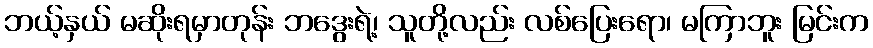
ဘယ့်နှယ် မဆိုးရမှာတုန်း ဘဒွေးရဲ့၊ သူတို့လည်း လစ်ပြေးရော၊ မကြာဘူး မြင်းက